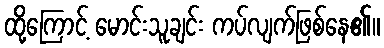
ထို့ကြောင့် မောင်းသူချင်း ကပ်လျက်ဖြစ်နေ၏။